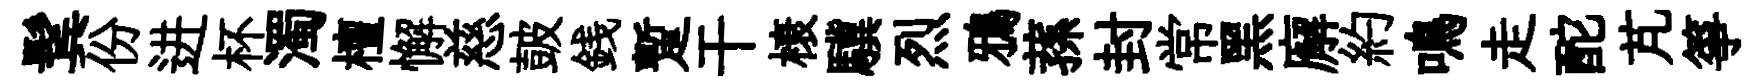
鬂份进杯濁檀懈慈皷銭蹔干榱驥烈鴉蓀封常黑廨約鳴走酡芃箏